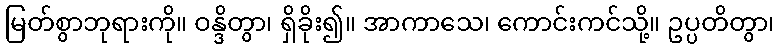
မြတ်စွာဘုရားကို။ ဝန္ဒိတွာ၊ ရှိခိုး၍။ အာကာသေ၊ ကောင်းကင်သို့။ ဥပ္ပတိတွာ၊